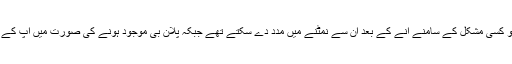
ان کے مطابق پلان بی آپ کے خیالات اور ان آئیڈیاز کو بھی منتشر کرسکتا ہے جو آپ کو کسی مشکل کے سامنے آنے کے بعد ان سے نمٹنے میں مدد دے سکتے تھے جبکہ پلان بی موجود ہونے کی صورت میں آپ کے دماغ میں یہ خیال جگہ نہیں بنا پاتا کہ چاہے جیسے بھی ہو بس کامیابی حاصل کرنی ہو۔